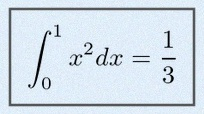
\int_0^1 x^2dx=\frac13